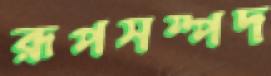
রূপসম্পদ